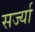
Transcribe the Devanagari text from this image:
सर्ज्या